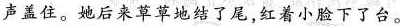
声盖住。她后来草草地结了尾，红着小脸下了台。